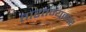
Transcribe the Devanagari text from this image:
तारतम्यकार